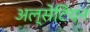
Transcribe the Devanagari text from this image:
अल्सेटियन